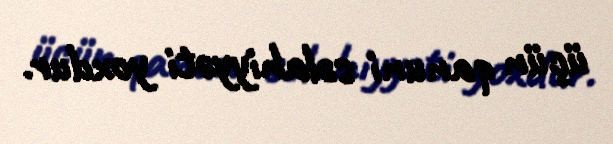
üçün qanuni səlahiyyəti yoxdur.